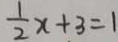
\frac { 1 } { 2 } x + 3 = 1